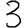
Digit: 3